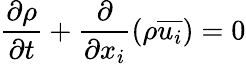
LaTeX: \frac{\partial\rho}{\partial t}+\frac{\partial}{\partial x_{i}}(\rho\overline{{u_{i}}})=0